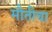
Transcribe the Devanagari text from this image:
मौतीचा